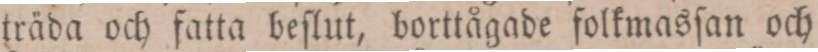
träda och fatta beſlut, borttågade folkmasſan och